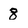
Character: 8